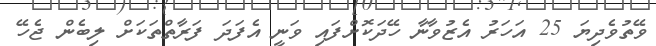
ވޭތުވެދިޔަ 25 އަހަރު އެޒުވާނާ ހޭދަކޮށްފައި ވަނީ އެފަދަ ފަރާތްތަކަށް ލިބެން ޖެހޭ